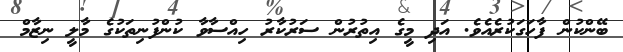
ބޭންކުން ފާހަގަކުރެއެވެ. އަދި މީގެ އިތުރުން ސަރުކާރު ހިއްސާވާ ކުންފުނިތަކުގެ މާލީ ނިޒާމް